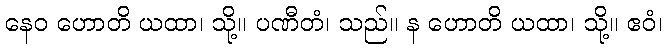
နေဝ ဟောတိ ယထာ၊ သို့။ ပဏီတံ၊ သည်။ န ဟောတိ ယထာ၊ သို့။ ဧဝံ၊